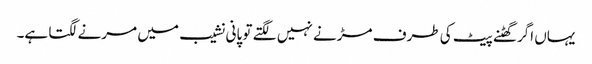
یہاں اگر گھٹنے پیٹ کی طرف مڑنے نہیں لگتے تو پانی نشیب میں مرنے لگتا ہے۔